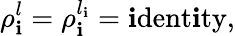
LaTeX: \rho_{\mathbf{i}}^{l}=\rho_{\mathbf{i}}^{l_{\mathbf{i}}}=\mathrm{{\mathbf{i}dent\mathbf{i}ty}},